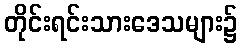
တိုင်းရင်းသားဒေသများ၌